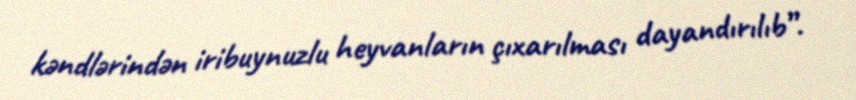
kəndlərindən iribuynuzlu heyvanların çıxarılması dayandırılıb”.